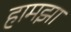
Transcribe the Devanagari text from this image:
हामझा